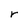
Character: r